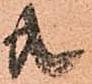
共